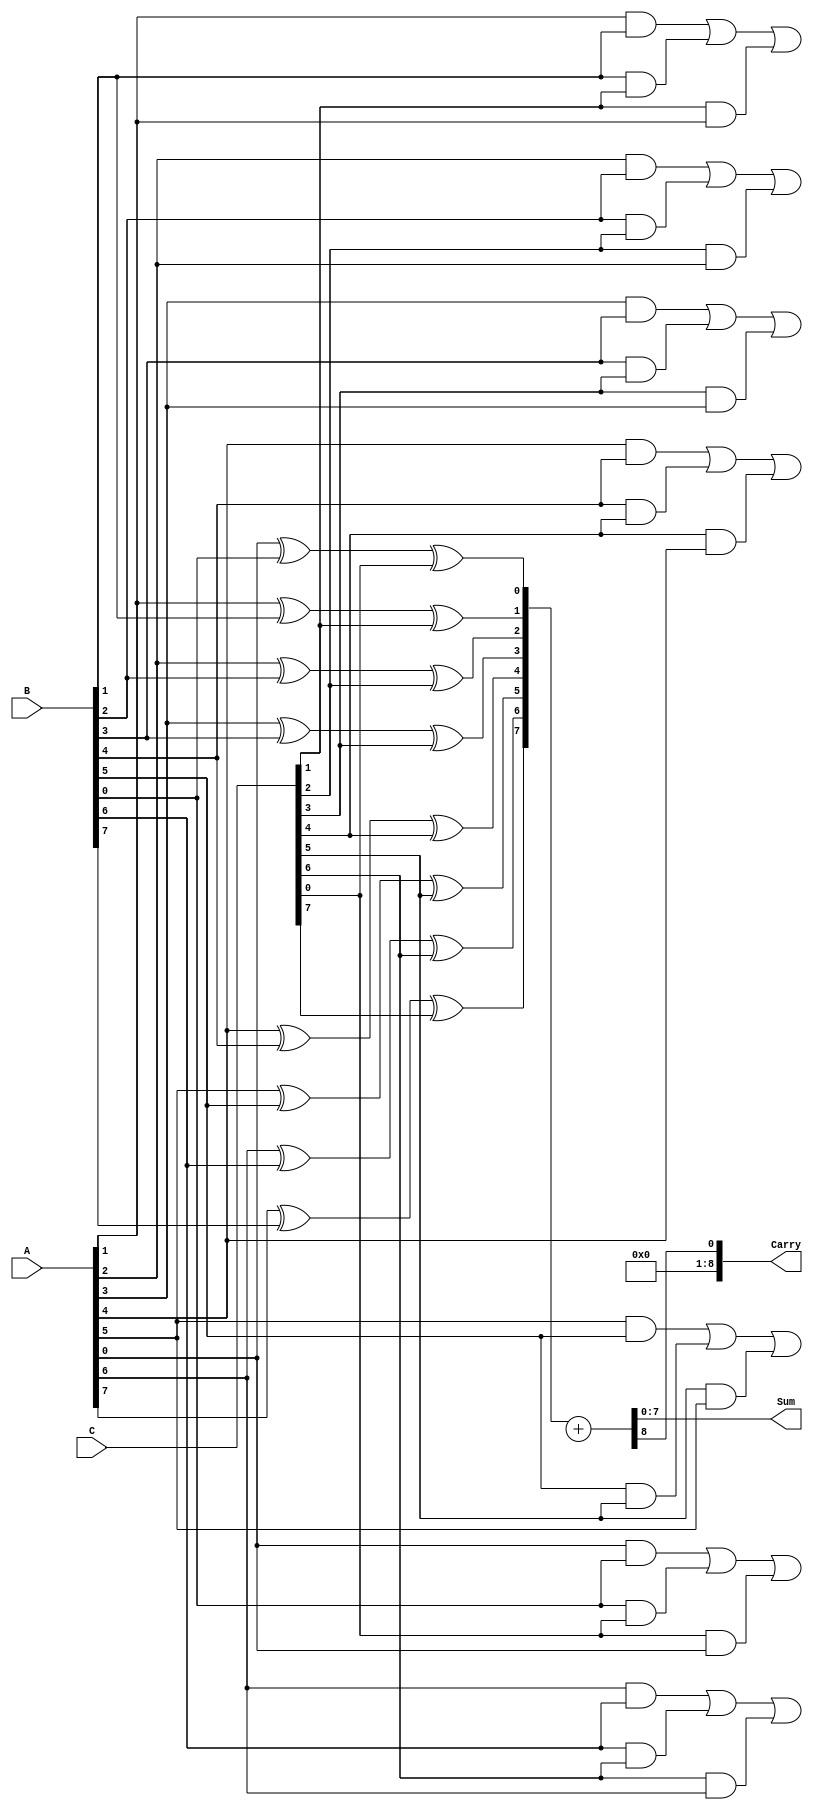
module CarrySaveAdder (
    input [N-1:0] A, // First operand
    input [N-1:0] B, // Second operand
    input [N-1:0] C, // Third operand
    output [N-1:0] Sum, // Final sum output
    output [N:0] Carry // Final carry output
);
    parameter N = 8; // Bit-width of the operands

    // Intermediate sums and carries
    wire [N-1:0] sum_temp;
    wire [N-1:0] carry_temp;

    // Generate the sum and carry outputs for each bit position
    genvar i;
    generate
        for (i = 0; i < N; i = i + 1) begin : CSA
            wire a_bit = A[i];
            wire b_bit = B[i];
            wire c_bit = C[i];

            // Full adder logic for carry save addition
            assign sum_temp[i] = a_bit ^ b_bit ^ c_bit; // Sum output
            assign carry_temp[i+1] = (a_bit & b_bit) | (b_bit & c_bit) | (c_bit & a_bit); // Carry output
        end
    endgenerate

    // Final reduction tree to combine the sum and carry outputs
    wire [N-1:0] final_sum;
    wire [N:0] final_carry;

    // Simple reduction tree (can be expanded for more inputs)
    // Here we will just add sum_temp and carry_temp using a simple adder
    assign final_sum = sum_temp;
    assign final_carry = carry_temp;

    // Final addition using a simple adder
    // This can be replaced with a more complex adder if needed
    wire [N:0] final_result;
    assign final_result = {1'b0, final_sum} + final_carry; // Add carry to sum

    // Assign final outputs
    assign Sum = final_result[N-1:0]; // Final sum output
    assign Carry = final_result[N]; // Final carry output

endmodule